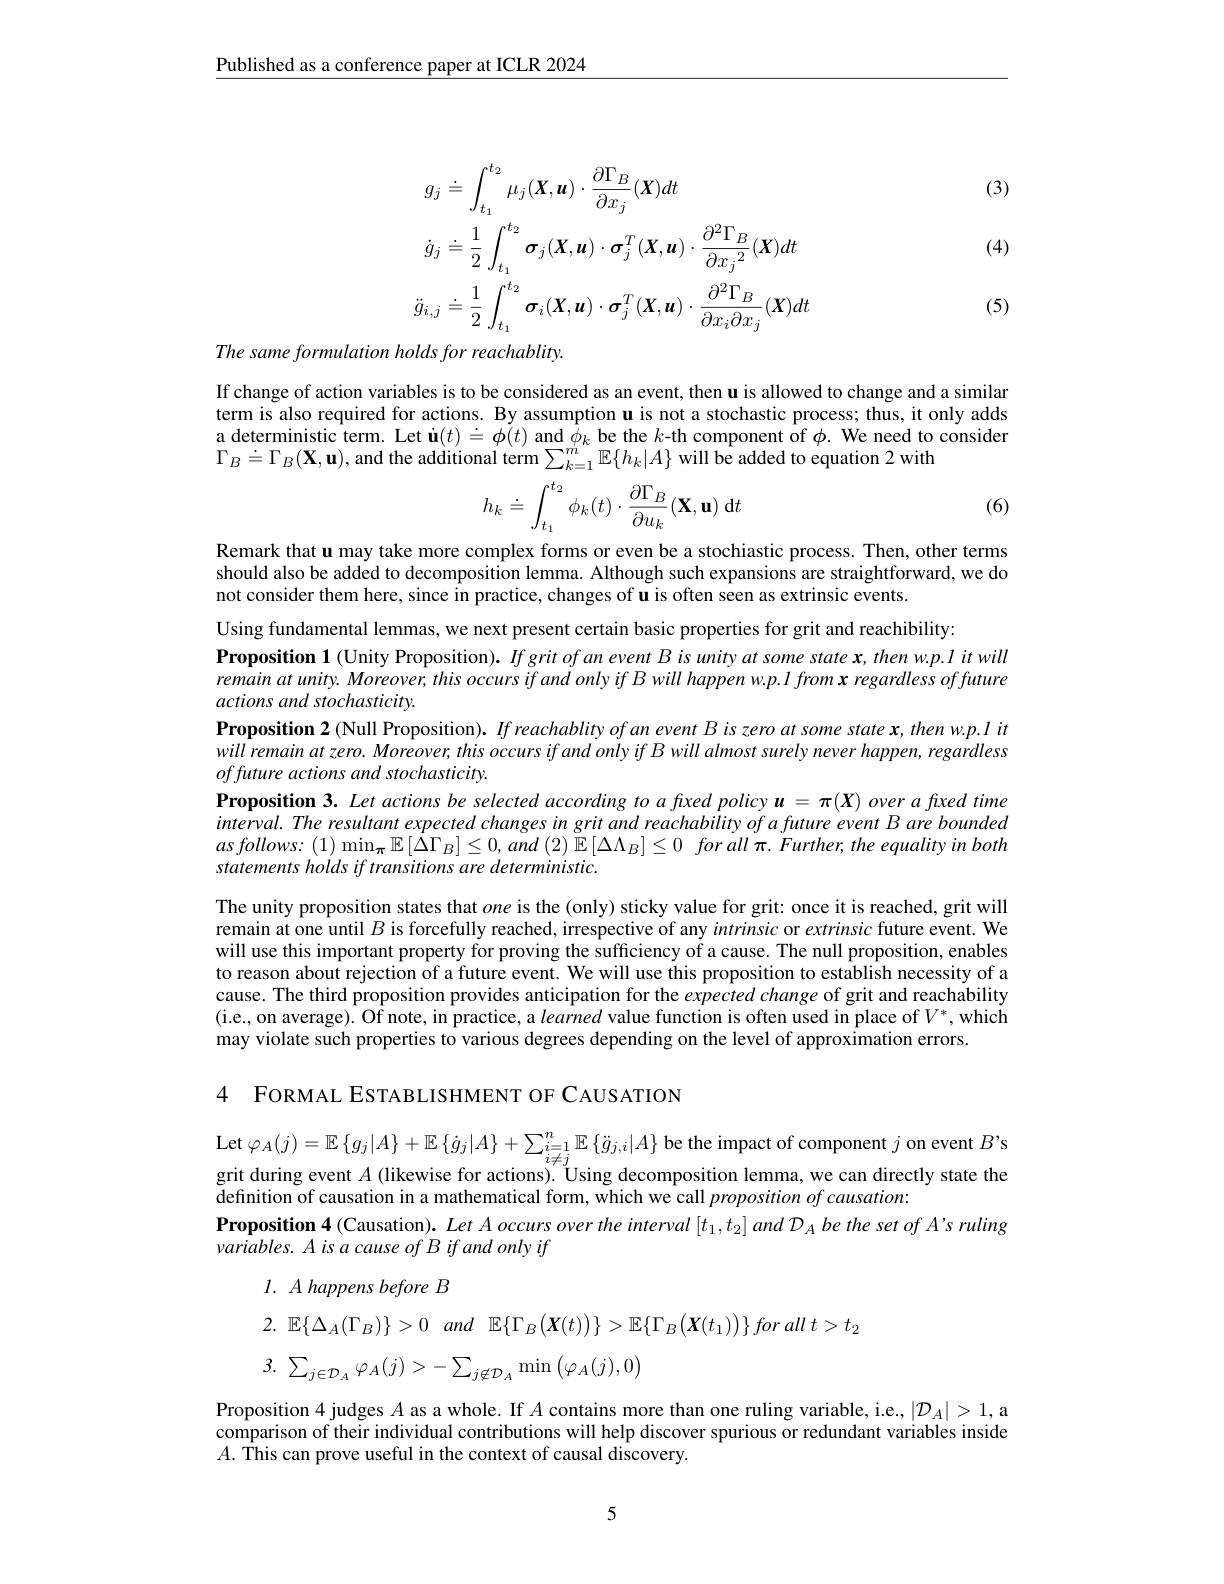
$\underline{\text{Published as a conference paper at ICLR 2024}}$

(3)
$$\begin{aligned}&g_{j}\doteq\int_{t_{1}}^{t_{2}}\mu_{j}(\boldsymbol{X},\boldsymbol{u})\cdot\frac{\partial\Gamma_{B}}{\partial x_{j}}(\boldsymbol{X})dt\\&\dot{g}_{j}\doteq\frac{1}{2}\int_{t_{1}}^{t_{2}}\boldsymbol{\sigma}_{j}(\boldsymbol{X},\boldsymbol{u})\cdot\boldsymbol{\sigma}_{j}^{T}(\boldsymbol{X},\boldsymbol{u})\cdot\frac{\partial^{2}\Gamma_{B}}{\partial{x_{j}}^{2}}(\boldsymbol{X})dt\\&\ddot{g}_{i,j}\doteq\frac{1}{2}\int_{t_{1}}^{t_{2}}\boldsymbol{\sigma}_{i}(\boldsymbol{X},\boldsymbol{u})\cdot\boldsymbol{\sigma}_{j}^{T}(\boldsymbol{X},\boldsymbol{u})\cdot\frac{\partial^{2}\Gamma_{B}}{\partial x_{i}\partial x_{j}}(\boldsymbol{X})dt\end{aligned}$$
(4)

(5)

The same formulation holds for reachablity.

If change of action variables is to be considered as an event, then u is allowed to change and a similar term is also required for actions. By assumption u is not a stochastic process; thus, it only adds a deterministic term. Let $\mathbf{u}(t)\doteq\boldsymbol{\phi}(t)$ and $\hat{\phi } _k\textbf{be the }k$-th component of $\phi.$ We need to consider $\Gamma_B\doteq\Gamma_B(\mathbf{X},\mathbf{u})$, and the additional term $\sum_k=1^m\mathbb{E}\{h_k|A\}$ will be added to equation 2 with
$$\begin{aligned}h_k\doteq\int_{t_1}^{t_2}\phi_k(t)\cdot\frac{\partial\Gamma_B}{\partial u_k}(\mathbf{X},\mathbf{u})\:\mathrm{d}t\end{aligned}$$
(6)

Remark that u may take more complex forms or even be a stochiastic process. Then, other terms

should also be added to decomposition lemma. Although such expansions are straightforward, we do
not consider them here, since in practice, changes of u is often seen as extrinsic events.
Using fundamental lemmas, we next present certain basic properties for grit and reachibility:
Proposition 1 (Unity Proposition). If grit of an event B is unity at some state x, then w.p.l it will remain at unity. Moreover, this occurs if and only if B will happen w.p. l from x regardless of future actions and stochasticity.
Proposition 2 (Null Proposition). If reachablity ofan event B is zero at some state x, then w.p.1 it will remain at zero. Moreover, this occurs if and only if B will almost surely never happen, regardless offuture actions and stochasticity.
Proposition 3. Let actions be selected according to afxed policy $u=\pi(X)$ over a fixed time $interval.TheresultantexpectedchangesingritandreachabilityofafutureeventBarebounded$ $asfollows: ( 1) \min _{{\boldsymbol{\pi }}}\mathbb{E} \left [ \dot{\Delta } \Gamma _{B}\right ] \leq 0, and\left ( 2\right ) \tilde{\mathbb{E} } \left [ \Delta \Lambda _{B}\right ] \leq 0$ forall $\pi . Further, the$ equality $in$ both statements holds if transitions are deterministic.
The unity proposition states that one is the(only) sticky value for grit: once it is reached, grit will remain at one until $B$ is forcefully reached, irrespective of any intrinsic or extrinsic future event. We will use this important property for proving the sufficiency of a cause. The null proposition, enables to reason about rejection of a future event. We will use this proposition to establish necessity of a cause. The third proposition provides anticipation for the expected change of grit and reachability (i.e., on average). Of note, in practice, a learned value function is often used in place of $V^*$,which may violate such properties to various degrees depending on the level of approximation errors.
4 FORMAL ESTABLISHMENT OF CAUSATION

$\operatorname{Let}\varphi_{A}(j)=\mathbb{E}\left\{g_{j}|A\right\}+\mathbb{E}\left\{\dot{g}_{j}|A\right\}+\sum_{i\neq j}^{n}\mathbb{E}\left\{\ddot{g}_{j,i}|A\right\}$be the impact of component $j$ on event $B’$s grit during event $A$ (likewise for actions). Úsing decomposition lemma, we can directly state the definition of causation in a mathematical form, which we call $proposition~of~causation:$
Proposition 4 (Causation). Let A occurs over the interval $[t_1,t_2]$ and $\mathcal{D}_A$ be the set of A's ruling
variables. A is a cause of B if and only if
$l. \textit{A happens before B}$
2. $\mathbb{E} \{ \Delta _A( \Gamma _B) \} > 0$ and $\mathbb{E} \{ \Gamma _B( X( t) ) \} > \mathbb{E} \{ \Gamma _B( X( t_1) ) \} forall$ $t> t_2$
$$\sum_{j\in\mathcal{D}_{A}}\varphi_{A}(j)>-\sum_{j\not\in\mathcal{D}_{A}}\operatorname*{min}\left(\varphi_{A}(j),0\right)$$
Proposition 4 judges $A$ as a whole. If $A$ contains more than one ruling variable, i.e.$|\mathcal{D}_A|>1$,a comparison of their individual contributions will help discover spurious or redundant variables inside $A.$ This can prove useful in the context of causal discovery.

5